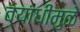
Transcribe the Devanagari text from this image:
व्याधींमुळे